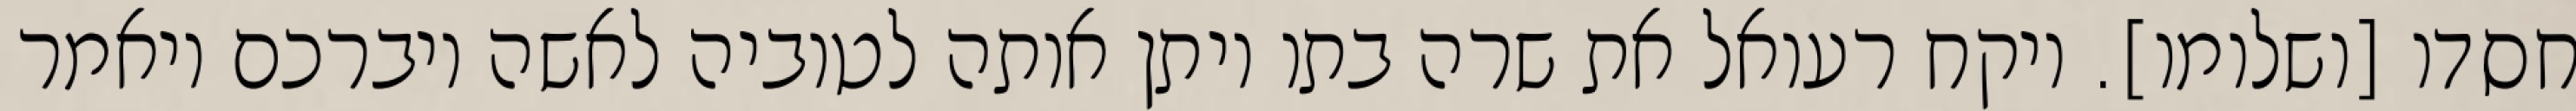
חסדו [ושלומו]. ויקח רעואל את שרה בתו ויתן אותה לטוביה לאשה ויברכם ויאמר